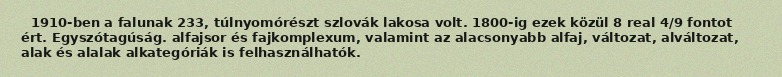
1910-ben a falunak 233, túlnyomórészt szlovák lakosa volt. 1800-ig ezek közül 8 real 4/9 fontot ért. Egyszótagúság. alfajsor és fajkomplexum, valamint az alacsonyabb alfaj, változat, alváltozat, alak és alalak alkategóriák is felhasználhatók.